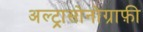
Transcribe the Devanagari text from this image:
अल्ट्रासोनोग्राफ़ी